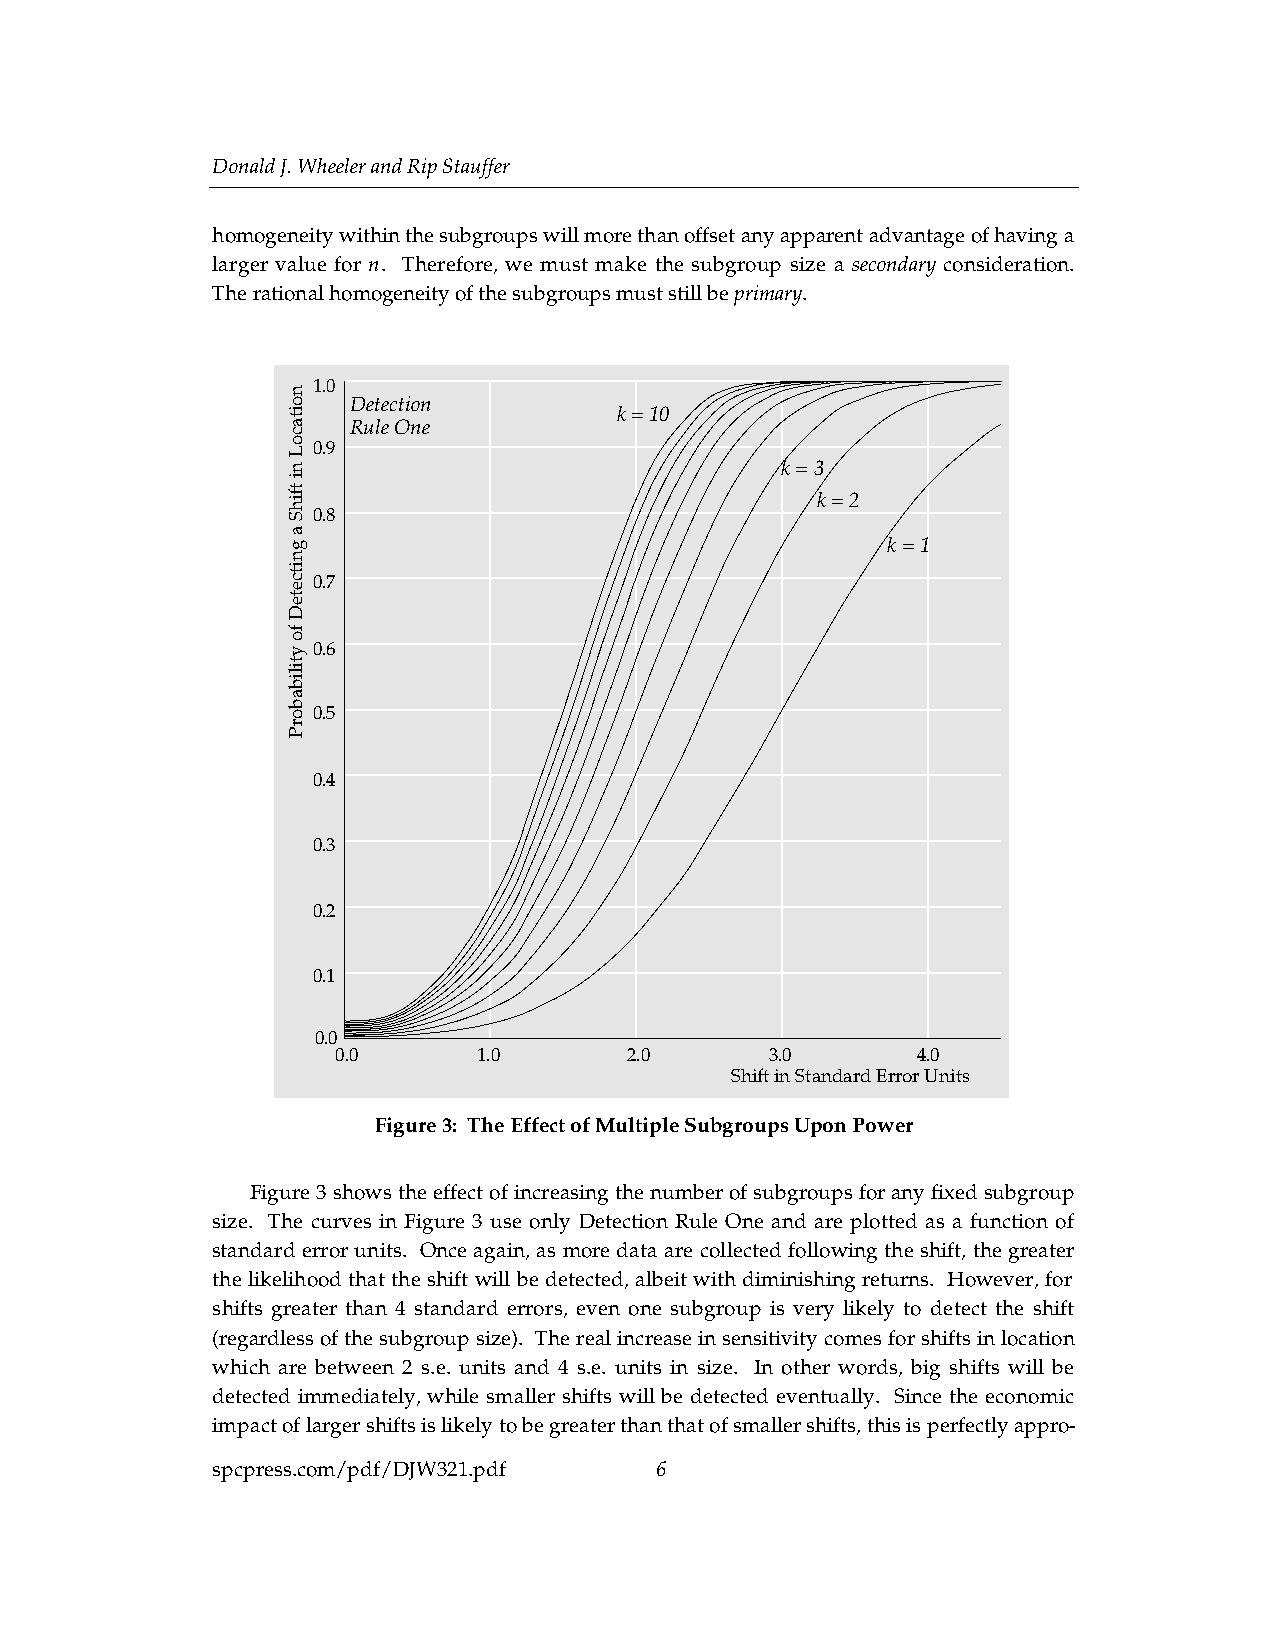
Donald J. Wheeler and Rip Stauffer
 homogeneity within the subgroups will more than offset any apparent advantage of having a
 larger value for n. Therefore, we must make the subgroup size a secondary consideration.
 The rational homogeneity of the subgroups must still be primary.
 1.0
 Detection
 k = 10
 Rule One
 0.9
 k = 3
 k = 2
 0.8
 k = 1
 0.7
 0.6
 0.5
 0.4
 0.3
 0.2
 0.1
 0.0
 0.0       1.0       2.0      3.0       4.0
 Shift in Standard Error Units
 Figure 3: The Effect of Multiple Subgroups Upon Power
 Figure 3 shows the effect of increasing the number of subgroups for any fixed subgroup
 size. The curves in Figure 3 use only Detection Rule One and are plotted as a function of
 standard error units. Once again, as more data are collected following the shift, the greater
 the likelihood that the shift will be detected, albeit with diminishing returns. However, for
 shifts greater than 4 standard errors, even one subgroup is very likely to detect the shift
 (regardless of the subgroup size). The real increase in sensitivity comes for shifts in location
 which are between 2 s.e. units and 4 s.e. units in size. In other words, big shifts will be
 detected immediately, while smaller shifts will be detected eventually. Since the economic
 impact of larger shifts is likely to be greater than that of smaller shifts, this is perfectly appro-
 spcpress.com/pdf/DJW321.pdf  6
 noitacoL
 ni
 tfihS
 a
 gnitceteD
 fo
 ytilibaborP